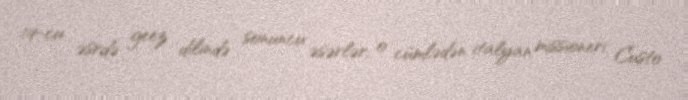
19-cu əsrdə geez dilində sonuncu əsərlər, o cümlədən italyan missioneri Custo